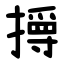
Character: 㩊